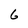
Character: 6